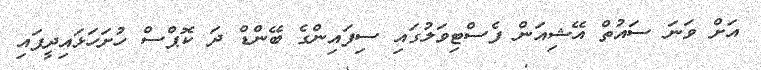
އަށް ވަނަ ސައުތް އޭޝިއަން ފެސްޓިވަލުގައި ސިފައިންގެ ބޭންޑް ދަ ކޮޕްސް ހުށަހަޅައިދީފައި